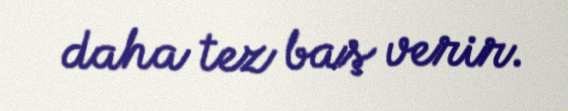
daha tez baş verir.